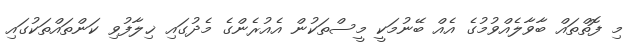
މި ފޮތްތައް ބާވާލެއްވުމުގެ އެއް ބޭނުމަކީ މީސްތަކުން އެއުރެންގެ މެދުގައި ޚިލާފުވި ކަންތައްތަކުގައި